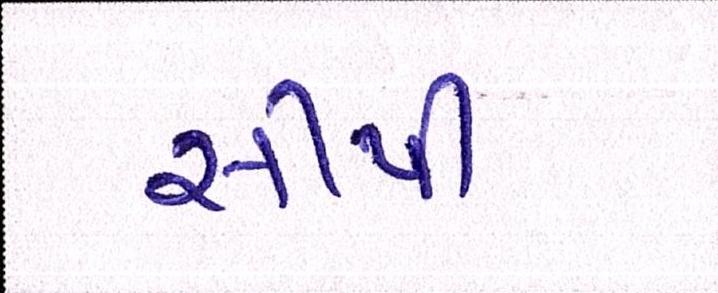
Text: સીપી